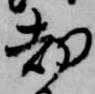
却